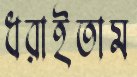
ধরাইতাম